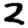
Digit: 2